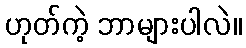
ဟုတ်ကဲ့ ဘာများပါလဲ။